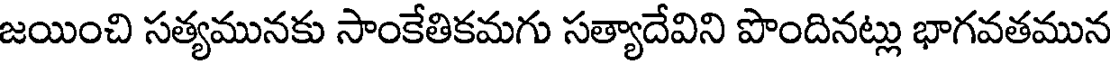
జయించి సత్యమునకు సాంకేతికమగు సత్యాదేవిని పొందినట్లు భాగవతమున